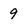
Character: 9